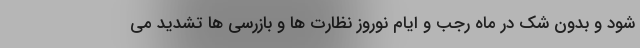
شود و بدون شک در ماه رجب و ایام نوروز نظارت ها و بازرسی ها تشدید می